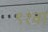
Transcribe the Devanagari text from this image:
९१वा